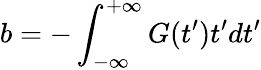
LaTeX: b=-\int_{-\infty}^{+\infty}G(t^{\prime})t^{\prime}dt^{\prime}